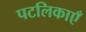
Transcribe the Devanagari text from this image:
पटलिकाएँ